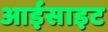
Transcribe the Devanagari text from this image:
आईसाइट